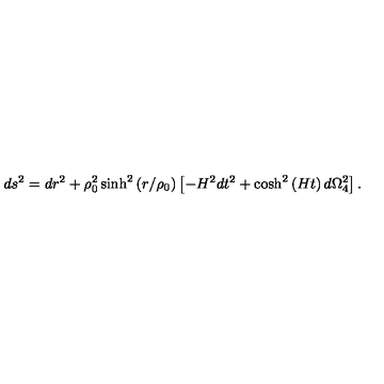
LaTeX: d s ^ { 2 } = d r ^ { 2 } + \rho _ { 0 } ^ { 2 } \sinh ^ { 2 } \left( r / \rho _ { 0 } \right) \left[ - H ^ { 2 } d t ^ { 2 } + \cosh ^ { 2 } \left( H t \right) d \Omega _ { 4 } ^ { 2 } \right] .